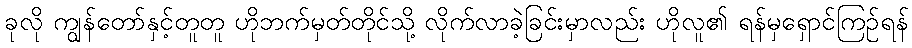
ခုလို ကျွန်တော်နှင့်တူတူ ဟိုဘက်မှတ်တိုင်သို့ လိုက်လာခဲ့ခြင်းမှာလည်း ဟိုလူ၏ ရန်မှရှောင်ကြဉ်ရန်